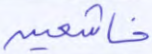
خاشعين